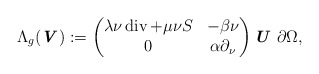
\begin{align*} \Lambda_{g} (\textbf{\textit{V}}) := \begin{pmatrix} \lambda\nu \operatorname{div} + \mu\nu S & -\beta \nu \\ 0 & \alpha\partial_\nu \end{pmatrix} \textbf{\textit{U}} \ \partial \Omega,\end{align*}